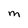
Character: M